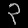
Digit: ၃